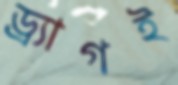
ড্র্যাগই